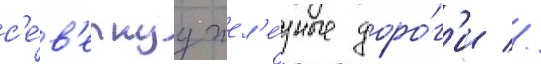
с'е́в'ернуу жел'е́зные доро́г'и //